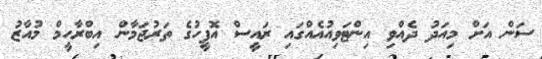
ސަން އަށް މިއަދު ދެއްވި އިންޓަވިއުއެއްގައި ރައީސް އޮފީހުގެ ތަރުޖަމާން އިބްރާހީމް މުއާޒު